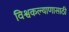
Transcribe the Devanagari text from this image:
विश्वकल्याणासाठी